DOW-UAP-D16, Mission Report, Syria, July 2022
Agency: Department of War
Incident date: 7/31/22
Incident location: Syria
Page 3
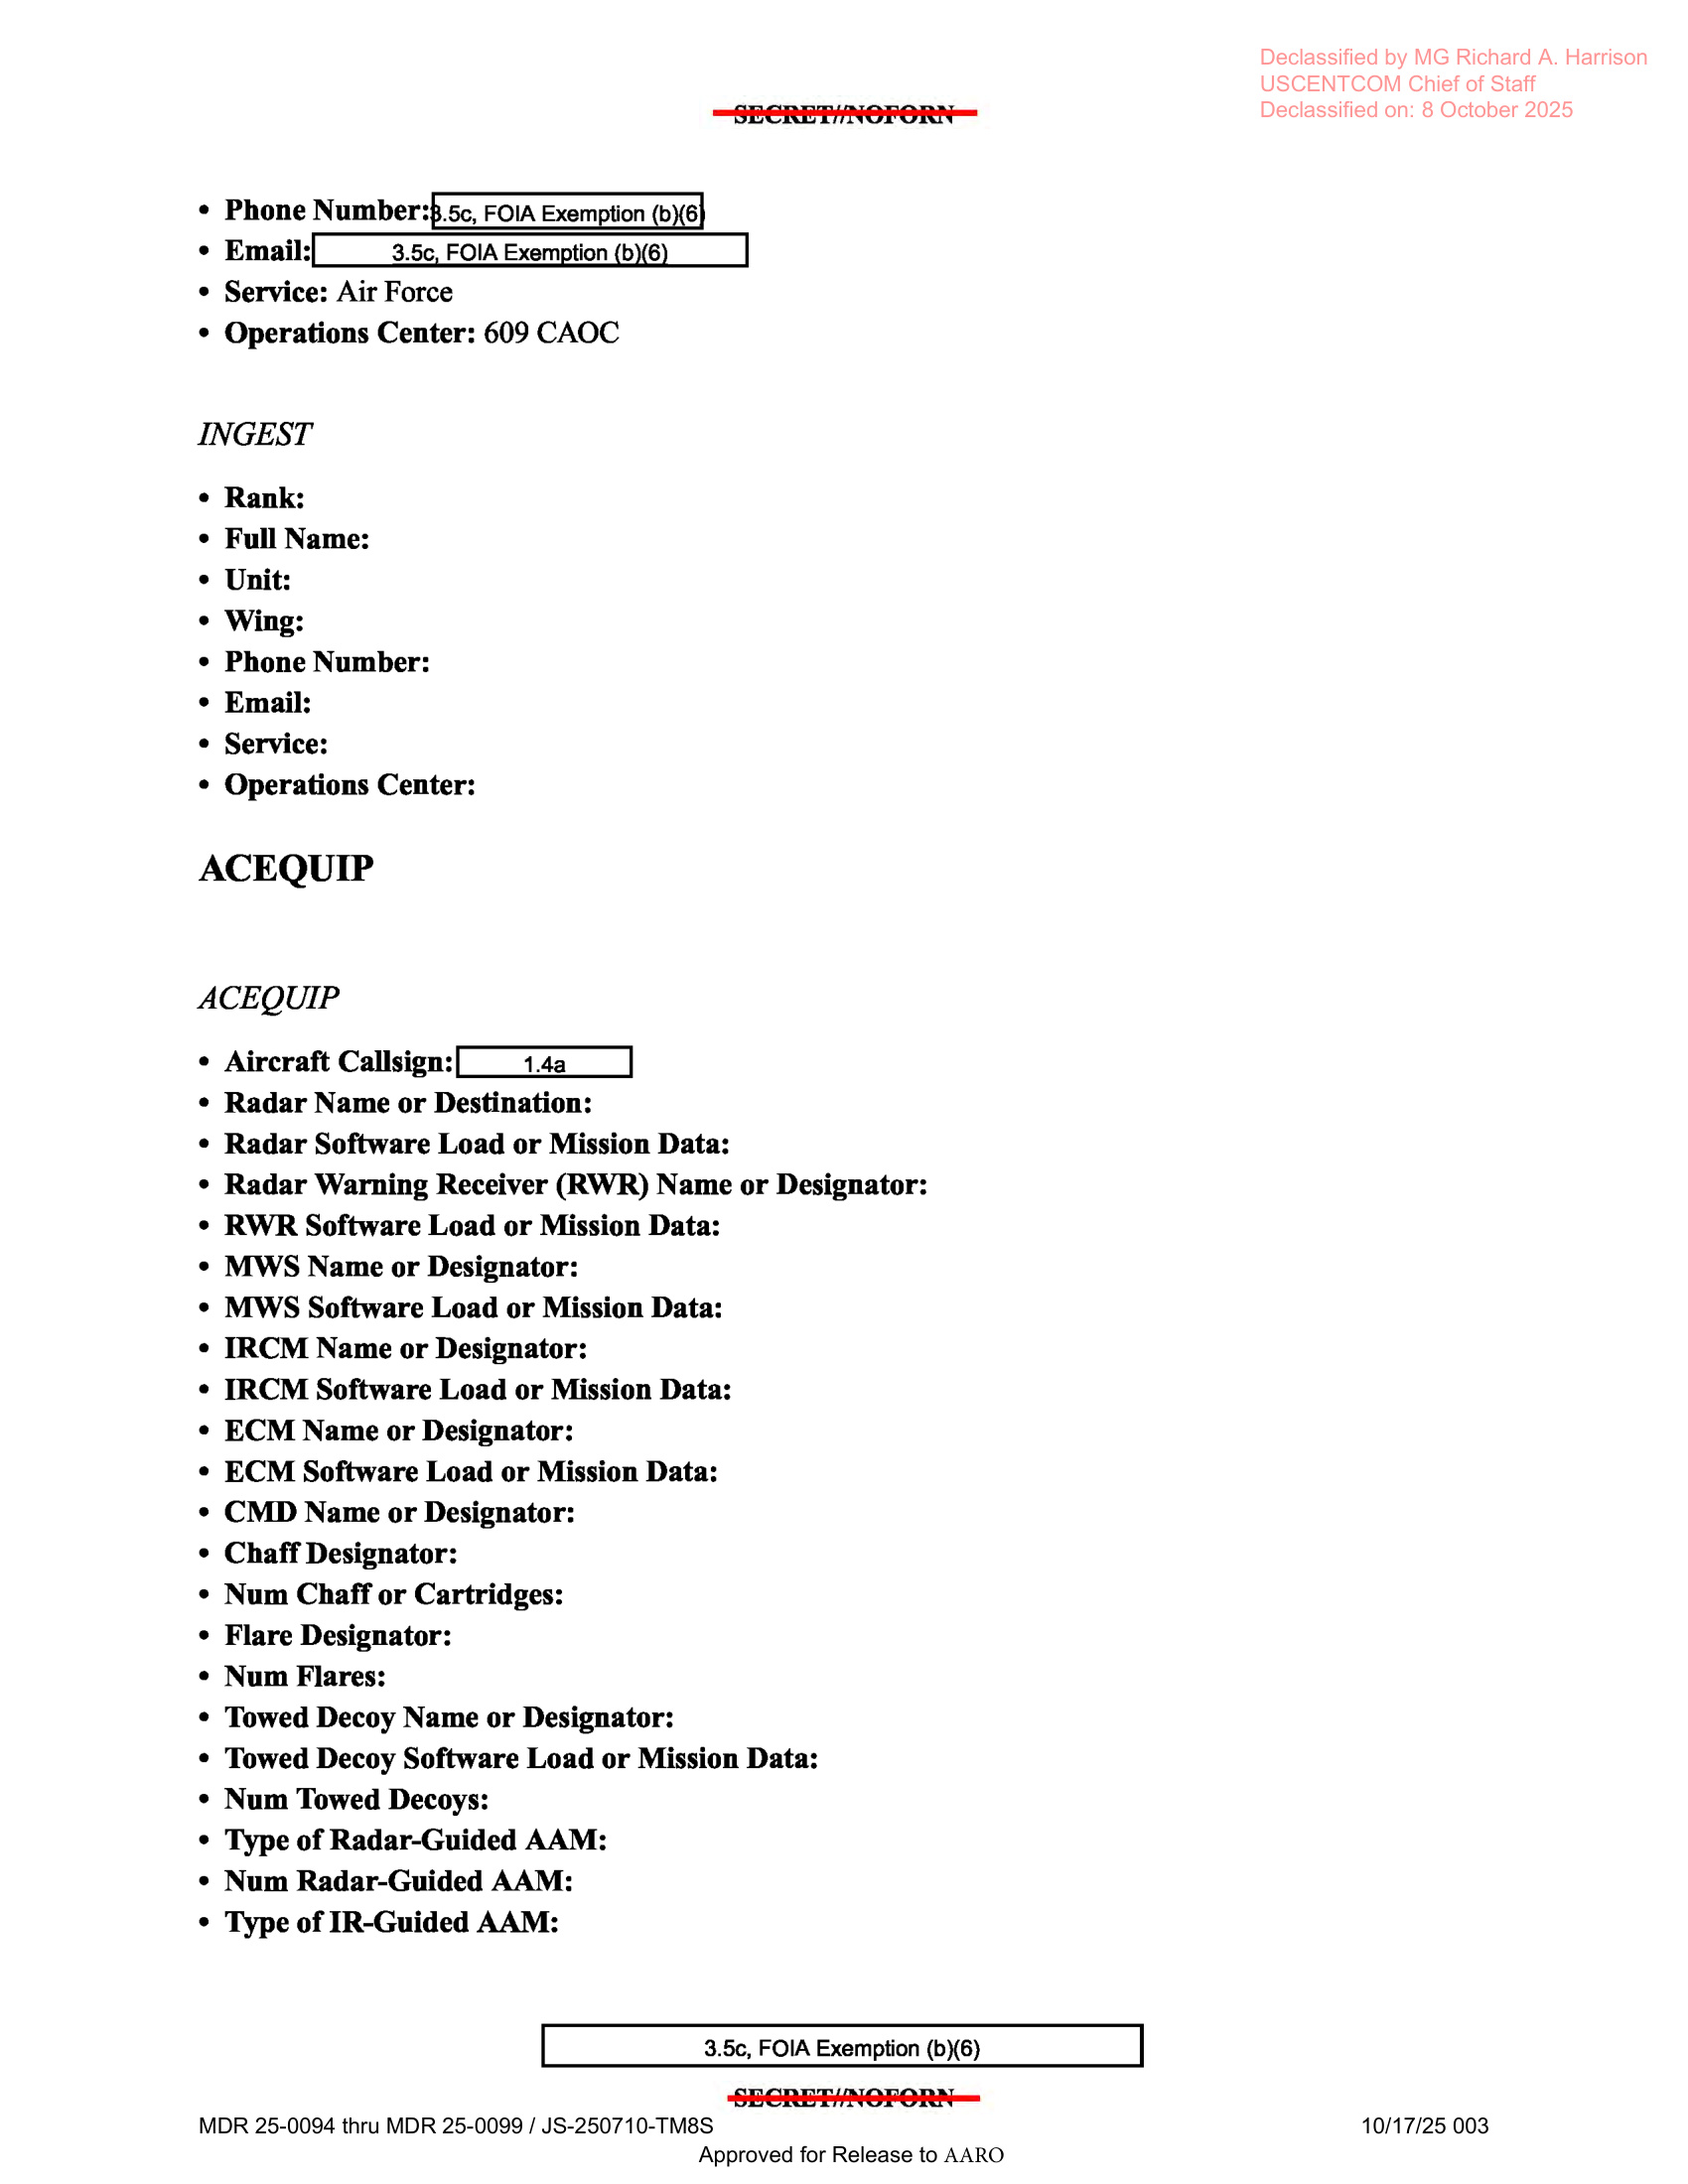